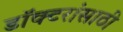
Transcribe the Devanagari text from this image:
डॉक्टरांसाठी